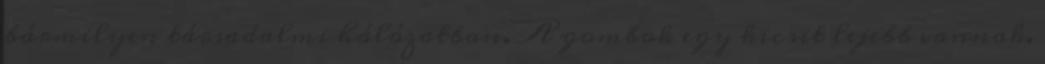
bármilyen társadalmi hálózatban. A gombok egy kicsit lejebb vannak.